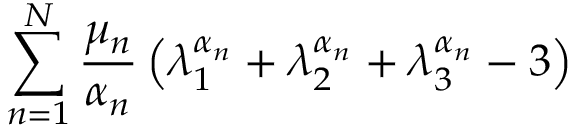
\sum _ { n = 1 } ^ { N } \frac { \mu _ { n } } { \alpha _ { n } } \left( \lambda _ { 1 } ^ { \alpha _ { n } } + \lambda _ { 2 } ^ { \alpha _ { n } } + \lambda _ { 3 } ^ { \alpha _ { n } } - 3 \right)